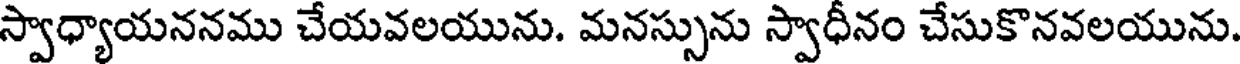
స్వాధ్యాయననము చేయవలయును. మనస్సును స్వాధీనం చేసుకొనవలయును.